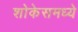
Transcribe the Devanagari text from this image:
शोकेसमध्ये